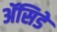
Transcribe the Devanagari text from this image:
ॲसिडे